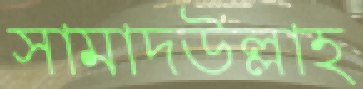
সামাদউল্লাহ